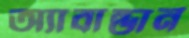
অ্যাবান্ডান